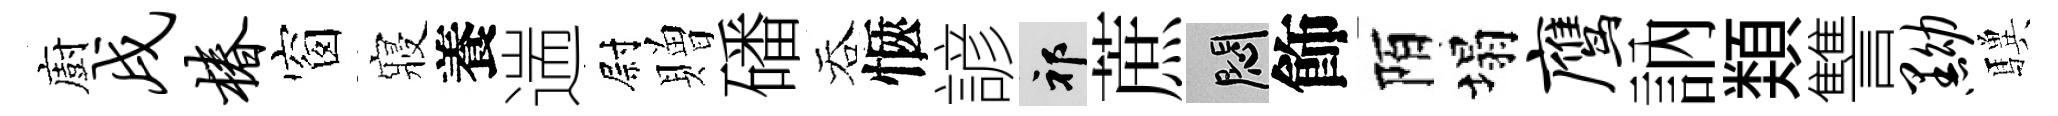
廚戌椿窗寢養遄尉贈磻吞愜諺祁蔗悶飾陌塌鹰訥𩔖讐黝驥